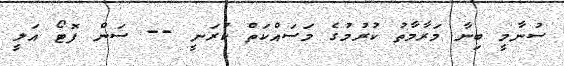
ސުނާމީ ބިނާ މަރާމާތު ކުރުމުގެ މަސައްކަތް ކުރަނީ -- ސަން ފޮޓޯ އަލީ